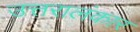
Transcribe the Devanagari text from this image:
उत्तरालंकार